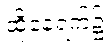
ထိုနေ့ရက်၌